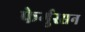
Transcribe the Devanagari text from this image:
फेर्गुस्सन